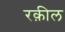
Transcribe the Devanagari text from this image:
रक़ील